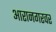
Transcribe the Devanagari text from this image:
आरानगरवर